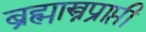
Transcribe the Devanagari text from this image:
ब्रह्मास्त्रप्राप्ती